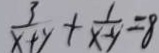
\frac { 3 } { x + y } + \frac { 1 } { x - y } = 8